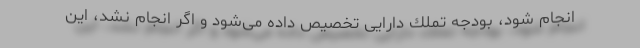
انجام شود، بودجه تملك دارایی تخصیص داده می‌شود و اگر انجام نشد، این